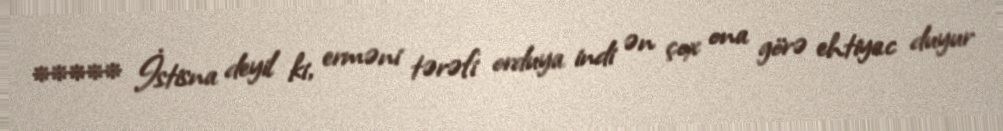
***** İstisna deyil ki, erməni tərəfi orduya indi ən çox ona görə ehtiyac duyur